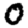
Digit: 0